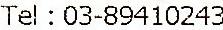
TEL : 03-89410243